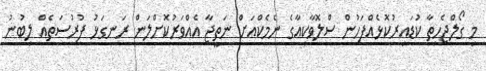
މި ގޯލްޖެހިތާ ކުޑައިރުކޮޅެއްފަހުން ސްލޮވާކިއާގެ ނެމެކްއަށް ނަތީޖާ އެއްވަރުކޮށްލަން ރަނގަޅު ފުރުސަތެއް ލިބުނު